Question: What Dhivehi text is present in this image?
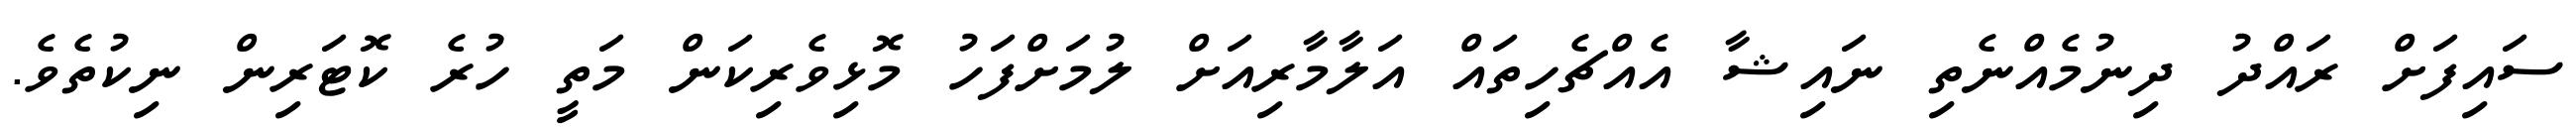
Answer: ސައިފަށް ރައްދު ދިނުމެއްނެތި ނައިޝާ އެއްޗެހިތައް އަލާމާރިއަށް ލުމަށްފަހު މޮޅިވެރިކަން މަތީ ހުރެ ކޮޓަރިން ނިކުތެވެ.